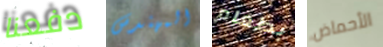
دفعنا المهندس بطعام الأحماض